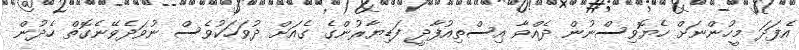
އެފަދަ މީހުންނަށް ހެޔޮވިސްނުން ދެއްވާ އިސްތިއުފާދީ ފަޑިޔާރުންގެ ގެއަށް ދުވަހަކުވެސް ނުވަދެވޭނެގޮތް ހެދުން